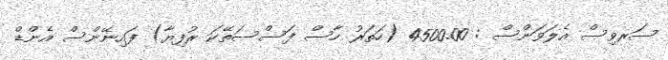
ސަރވިސް އެލަވަންސް : 4500.00 (ހަތަރު ހާސް ފަސްސަތޭކަ ރުފިޔާ) ފައިނޭންސް އެންޑް